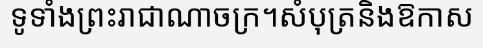
ទូទាំងព្រះរាជាណាចក្រ។សំបុត្រនិងឱកាស